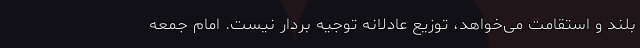
بلند و استقامت می‌خواهد، توزیع عادلانه توجیه بردار نیست. امام جمعه